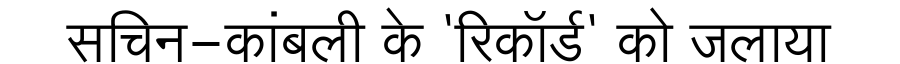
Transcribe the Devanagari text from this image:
सचिन-कांबली के 'रिकॉर्ड' को जलाया